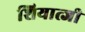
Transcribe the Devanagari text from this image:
शियात्जी